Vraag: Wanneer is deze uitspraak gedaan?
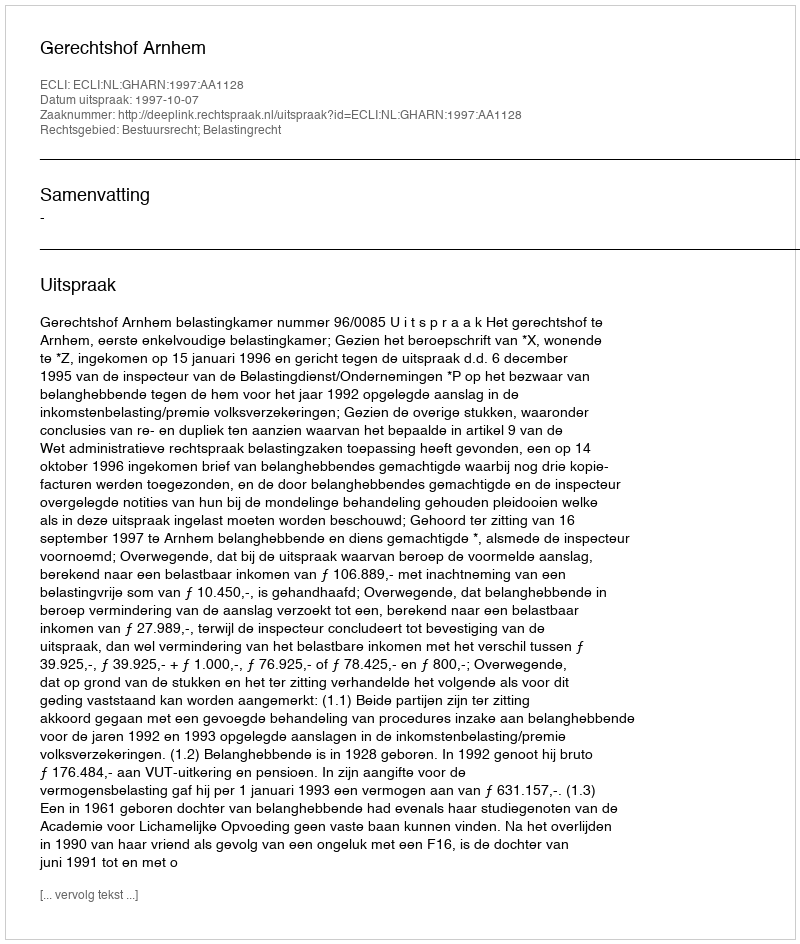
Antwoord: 1997-10-07